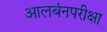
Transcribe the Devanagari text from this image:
आलबंनपरीक्षा